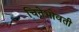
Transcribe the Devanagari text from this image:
चितेभोवती